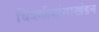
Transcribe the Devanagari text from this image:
चित्रमीमांसाखंडन